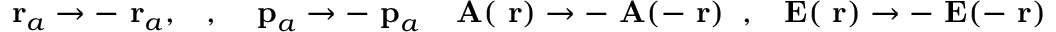
\mathrm { \bf ~ r } _ { a } \to - \mathrm { \bf ~ r } _ { a } , \; \; \; , \; \; \; \mathrm { \bf ~ p } _ { a } \to - \mathrm { \bf ~ p } _ { a } \; \; \; \mathrm { \bf ~ A } ( \mathrm { \bf ~ r } ) \to - \mathrm { \bf ~ A } ( - \mathrm { \bf ~ r } ) \; \; , \; \; \mathrm { \bf ~ E } ( \mathrm { \bf ~ r } ) \to - \mathrm { \bf ~ E } ( - \mathrm { \bf ~ r } )